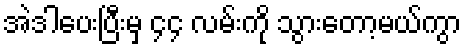
အဲဒါပေးပြီးမှ ၄၄ လမ်းကို သွားတော့မယ်ကွာ